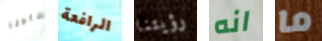
قادنا الرافعة رؤيتنا انه ما